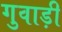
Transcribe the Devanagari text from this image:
गुवाड़ी